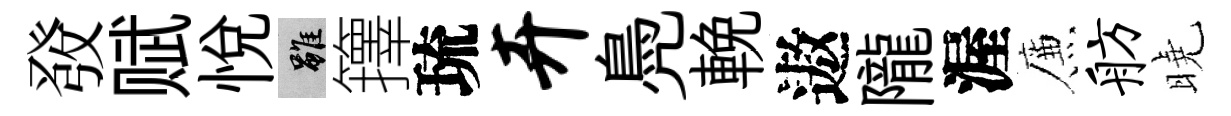
𤼲赋悦雖籜琉卉鳧輓遨隴渥簾舫曉